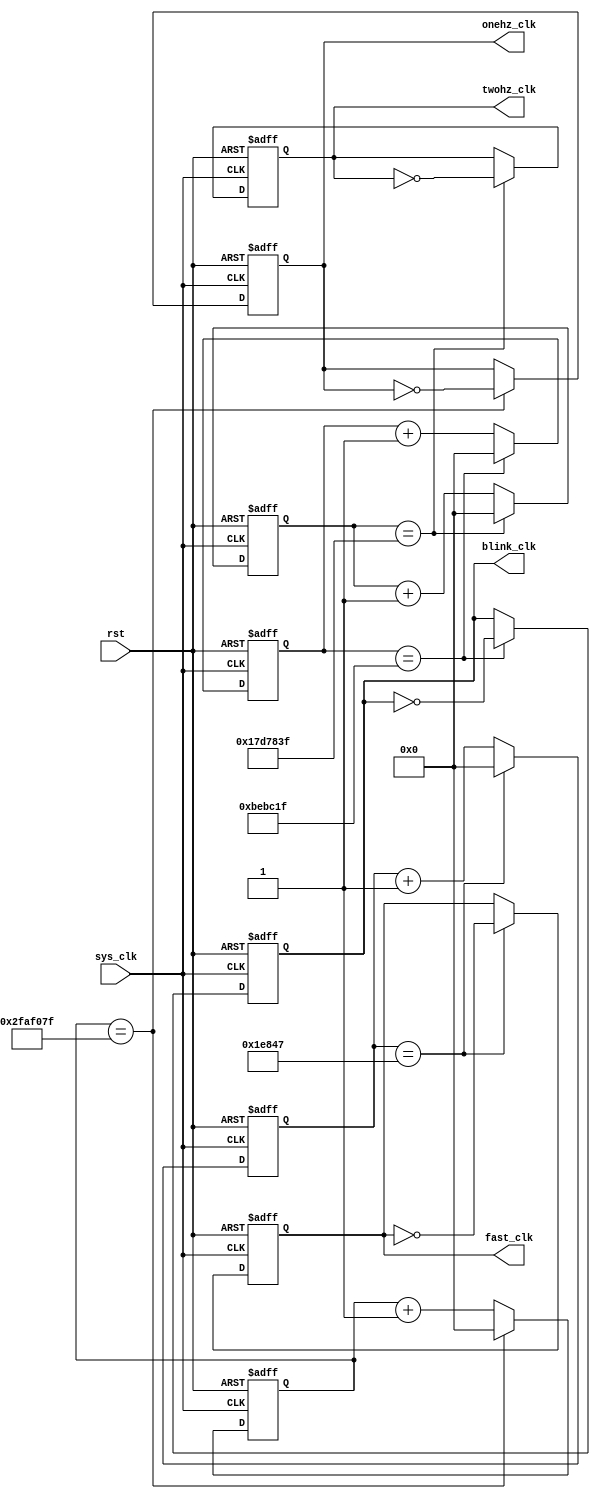
`timescale 1ns / 1ps
//////////////////////////////////////////////////////////////////////////////////
// Company:
// Engineer:
//
// Design Name:
// Module Name:    clk_div
// Project Name:
// Target Devices:
// Tool versions:
// Description:
//
// Dependencies:
//
// Revision:
// Revision 0.01 - File Created
// Additional Comments:
//
//////////////////////////////////////////////////////////////////////////////////
//TODO: Figure out how fast to make blink_clk blink
module clk_div(
    //Input
    sys_clk, rst,
    //Ouput
    onehz_clk, twohz_clk, fast_clk, blink_clk
    );
// Master clock: 100 MHz
input sys_clk;
input rst;

// 1 Hz clock
// 100,000,000 clock cycles for onehz_clk to go high and return to low
// Thus, it takes half (i.e. 50,000,000) for onehz_clk to go high
output wire onehz_clk;
reg onehz_clk_temp;
// 2 Hz clock
// 50,000,000 clock cycles for twohz_clk to go high and return to low
// Thus, it takes half (i.e. 25,000,000) for twohz_clk to go high
output wire twohz_clk;
reg twohz_clk_temp;
// 400 Hz clock
// 250,000 clock cycles for fasthz_clk to go high and return to low
// Thus, it takes half (i.e. 125,000) for fasthz_clk to go high
output wire fast_clk;
reg fast_clk_temp;
// 4 Hz clock
// 25,000,000 clock cycles for blinkhz_clk to go high and return to low
// Thus, it takes half (i.e. 12,500,000) for blinkhz_clk to go high
output wire blink_clk;
reg blink_clk_temp;

// Counters to count the clock cycles before the specified clock goes high
reg [31:0] onehz_count;
reg [31:0] twohz_count;
reg [31:0] fasthz_count;
reg [31:0] blinkhz_count;

    // 1 Hz Clock Implementation
    always @ (posedge sys_clk or posedge rst) begin
        if (rst == 1'b1) begin
            onehz_count <= 32'b0;
            onehz_clk_temp <= 1'b0;
        end
        else if (onehz_count == 32'd50000000 - 32'b1) begin
            onehz_count <= 32'b0;
            onehz_clk_temp <= ~onehz_clk;
        end
        else begin
            onehz_count <= onehz_count + 32'b1;
            onehz_clk_temp <= onehz_clk;
        end
    end
    // 2 Hz Clock Implementation
    always @ (posedge sys_clk or posedge rst) begin
        if (rst == 1'b1) begin
            twohz_count <= 32'b0;
            twohz_clk_temp <= 1'b0;
        end
        else if (twohz_count == 32'd25000000 - 32'b1) begin
            twohz_count <= 32'b0;
            twohz_clk_temp <= ~twohz_clk;
        end
        else begin
            twohz_count <= twohz_count + 32'b1;
            twohz_clk_temp <= twohz_clk;
        end
    end
    // Fast (400 Hz) Clock Implementation
    always @ (posedge sys_clk or posedge rst) begin
        if (rst == 1'b1) begin
            fasthz_count <= 32'b0;
            fast_clk_temp <= 1'b0;
        end
        else if (fasthz_count == 32'd125000 - 32'b1) begin
            fasthz_count <= 32'b0;
            fast_clk_temp <= ~fast_clk;
        end
        else begin
            fasthz_count <= fasthz_count + 32'b1;
            fast_clk_temp <= fast_clk;
        end
    end
    // Blink (4 Hz) Clock Implementation
    always @ (posedge sys_clk or posedge rst) begin
        if (rst == 1'b1) begin
            blinkhz_count <= 32'b0;
            blink_clk_temp <= 1'b0;
        end
        else if (blinkhz_count == 32'd12500000 - 32'b1) begin
            blinkhz_count <= 32'b0;
            blink_clk_temp <= ~blink_clk;
        end
        else begin
            blinkhz_count <= blinkhz_count + 32'b1;
            blink_clk_temp <= blink_clk;
        end
    end
	 
	 assign onehz_clk = onehz_clk_temp;
	 assign twohz_clk = twohz_clk_temp;
	 assign fast_clk = fast_clk_temp;
	 assign blink_clk = blink_clk_temp;
	 
endmodule